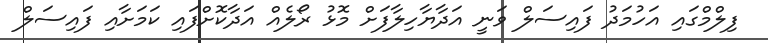
ފިލްމްގައި އަހުމަދު ފައިސަލް ވަނީ އަދާޔާހިލާފަށް މޮޅު ރޯލެއް އަދާކޮށްފައި ކަމަށާއި ފައިސަލް